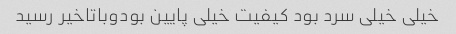
خیلی خیلی سرد بود کیفیت خیلی پایین بودوباتاخیر رسید